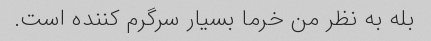
بله به نظر من خرما بسیار سرگرم کننده است.